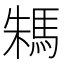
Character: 𩢻